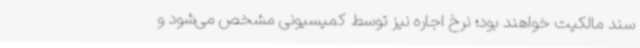
سند مالکیت خواهند بود؛ نرخ اجاره نیز توسط کمیسیونی مشخص می‌شود و